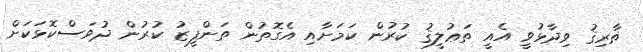
ޡާރިޤު ވިދާޅުވީ އެއީ ތަޢުލީޤު ކުރުން ކަމަށާއި އެގޮތުން ތަންފީޒު ކުރުން ދުވަސްކޮޅަކަށް